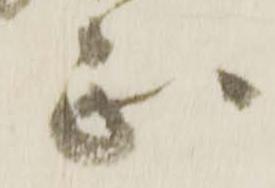
正